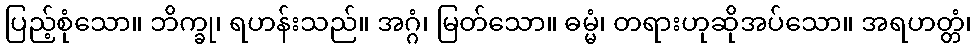
ပြည့်စုံသော။ ဘိက္ခု၊ ရဟန်းသည်။ အဂ္ဂံ၊ မြတ်သော။ ဓမ္မံ၊ တရားဟုဆိုအပ်သော။ အရဟတ္တံ၊